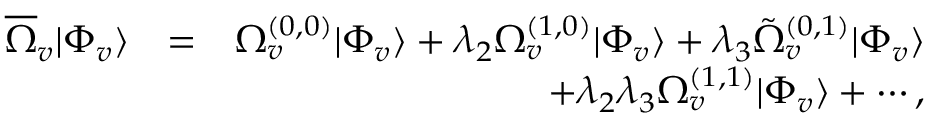
\begin{array} { r l r } { \overline { { \Omega } } _ { v } | \Phi _ { v } \rangle } & { = } & { \Omega _ { v } ^ { ( 0 , 0 ) } | \Phi _ { v } \rangle + \lambda _ { 2 } \Omega _ { v } ^ { ( 1 , 0 ) } | \Phi _ { v } \rangle + \lambda _ { 3 } \tilde { \Omega } _ { v } ^ { ( 0 , 1 ) } | \Phi _ { v } \rangle } \\ & { } & { + \lambda _ { 2 } \lambda _ { 3 } \Omega _ { v } ^ { ( 1 , 1 ) } | \Phi _ { v } \rangle + \cdots , } \end{array}